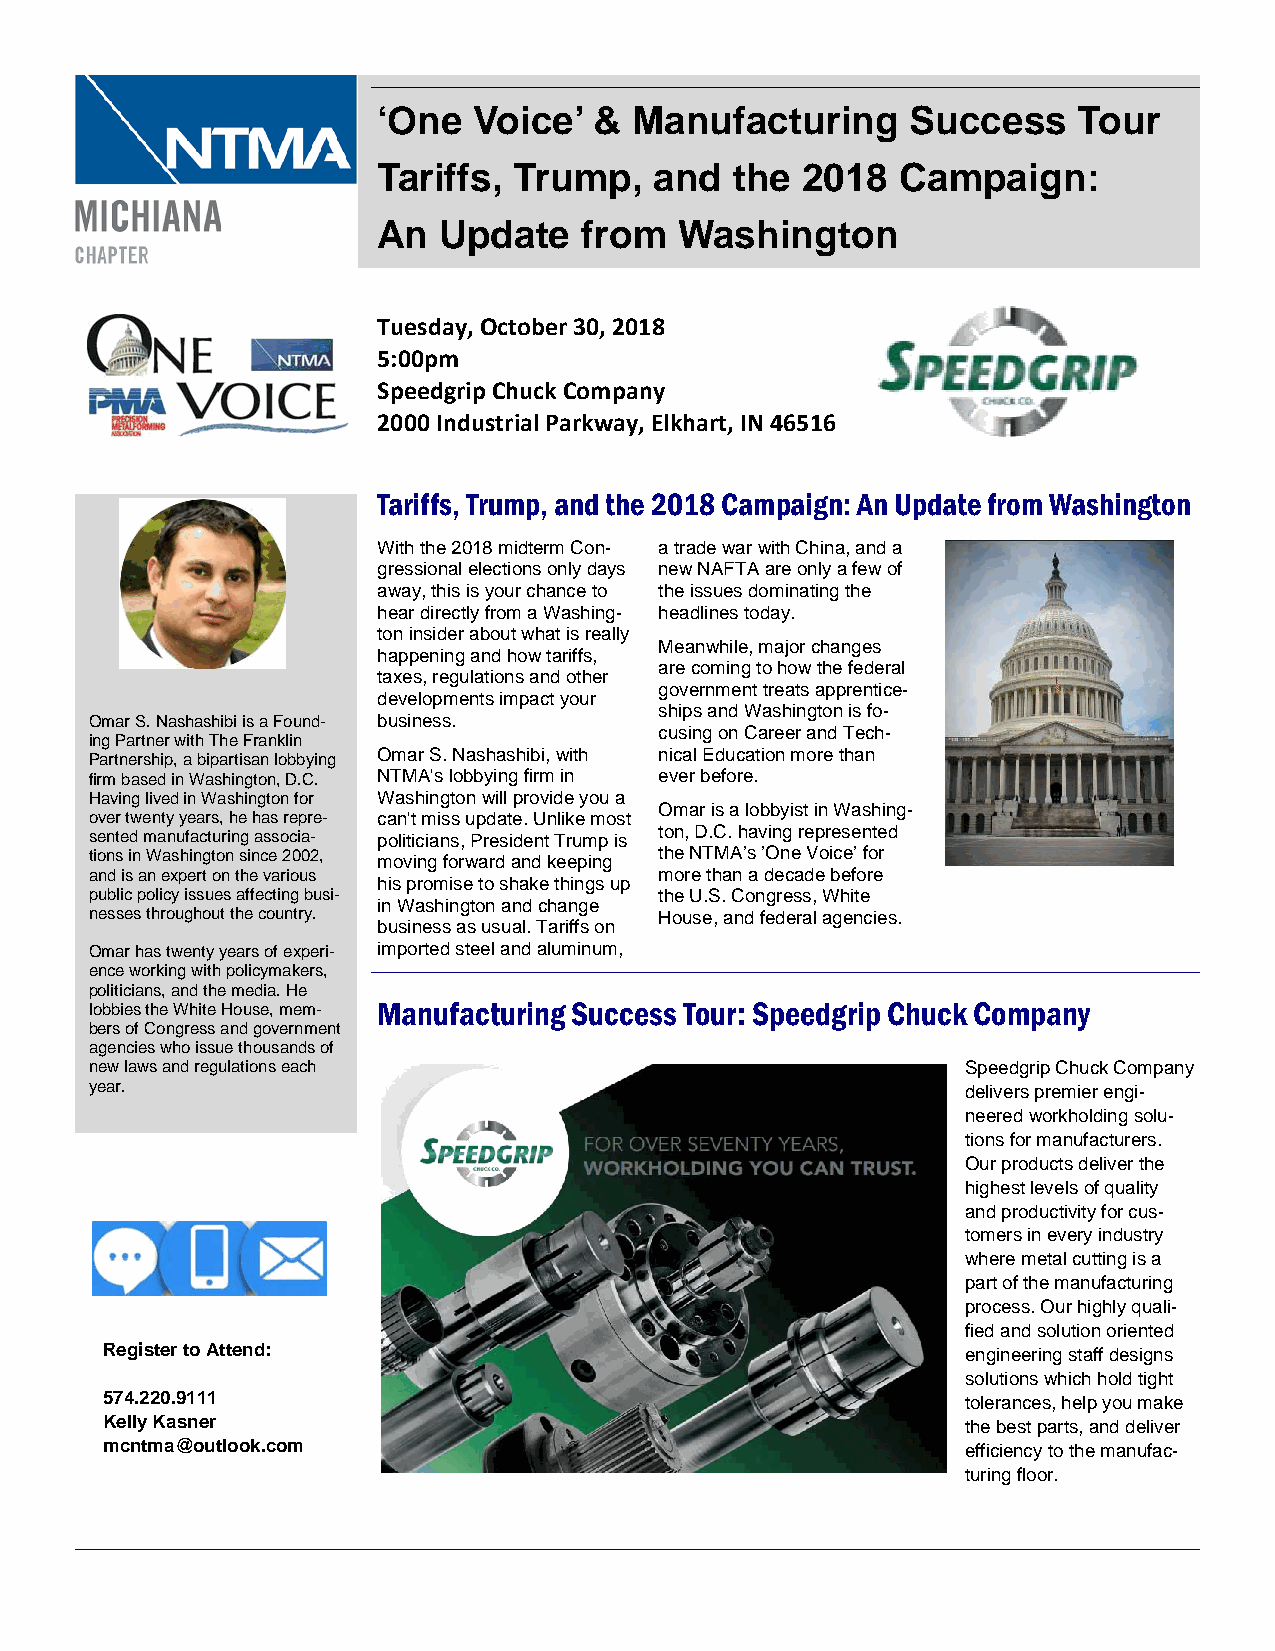
‘One  Voice’  &  Manufacturing     Success    Tour
 Tariffs, Trump,   and   the 2018   Campaign:
 An  Update    from  Washington
 Tuesday, October 30, 2018
 5:00pm
 Speedgrip Chuck Company
 2000 Industrial Parkway, Elkhart, IN 46516
 Tariffs, Trump, and the 2018 Campaign: An Update from Washington
 With the 2018 midterm Con- a trade war with China, and a
 gressional elections only days new NAFTA are only a few of
 away, this is your chance to the issues dominating the
 hear directly from a Washing- headlines today.
 ton insider about what is really
 Meanwhile, major changes
 happening and how tariffs,
 are coming to how the federal
 taxes, regulations and other
 government treats apprentice-
 developments impact your
 ships and Washington is fo-
 Omar S. Nashashibi is a Found- business.
 cusing on Career and Tech-
 ing Partner with The Franklin
 Omar S. Nashashibi, with nical Education more than
 Partnership, a bipartisan lobbying
 firm based in Washington, D.C. NTMA's lobbying firm in ever before.
 Having lived in Washington for Washington will provide you a
 Omar is a lobbyist in Washing-
 over twenty years, he has repre- can't miss update. Unlike most
 sented manufacturing associa- politicians, President Trump is ton, D.C. having represented
 tions in Washington since 2002, moving forward and keeping the NTMA’s ’One Voice’ for
 and is an expert on the various       more than a decade before
 his promise to shake things up
 public policy issues affecting busi-  the U.S. Congress, White
 in Washington and change
 nesses throughout the country.        House, and federal agencies.
 business as usual. Tariffs on
 Omar has twenty years of experi- imported steel and aluminum,
 ence working with policymakers,
 politicians, and the media. He
 lobbies the White House, mem- Manufacturing Success Tour: Speedgrip Chuck Company
 bers of Congress and government
 agencies who issue thousands of
 new laws and regulations each                             Speedgrip Chuck Company
 year.                                                     delivers premier engi-
 neered workholding solu-
 tions for manufacturers.
 Our products deliver the
 highest levels of quality
 and productivity for cus-
 tomers in every industry
 where metal cutting is a
 part of the manufacturing
 process. Our highly quali-
 fied and solution oriented
 Register to Attend:                                      engineering staff designs
 solutions which hold tight
 574.220.9111                                             tolerances, help you make
 Kelly Kasner                                             the best parts, and deliver
 mcntma@outlook.com                                       efficiency to the manufac-
 turing floor.